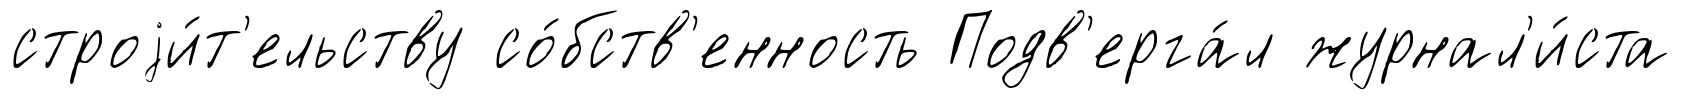
строjи́т'ельству со́бств'енность Подв'ерга́л журнал'и́ста